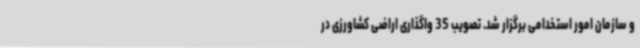
و سازمان امور استخدامی برگزار شد. تصویب 35 واگذاری اراضی کشاورزی در